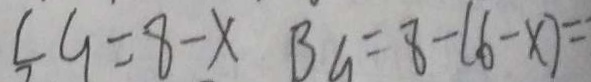
C G = 8 - x B G = 8 - ( 6 - x ) =